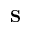
{ \bf S }